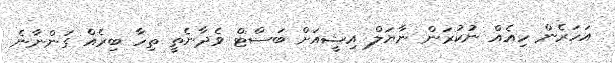
އަހަރެން ހިއެއް ނުކުރަން ނާޔަލް އިޝީއަށް ބަސްޓް ވެދާނެތީ ތިހާ ބިރެއް ގަންނާނެ